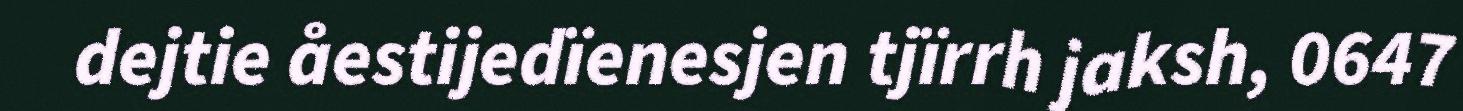
dejtie åestijedïenesjen tjïrrh jaksh, 0647